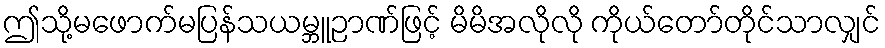
ဤသို့မဖောက်မပြန်သယမ္ဘူဉာဏ်ဖြင့် မိမိအလိုလို ကိုယ်တော်တိုင်သာလျှင်